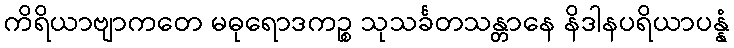
ကိရိယာဗျာကတေ မဓုရောဒကဉ္စ သုသင်္ခတသန္တာနေ နိဒါနပရိယာပန္နံ